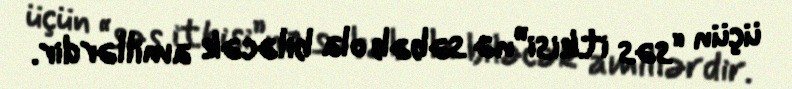
üçün “səs itkisi”nə səbəb ola biləcək amillərdir.